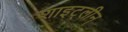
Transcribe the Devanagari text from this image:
शाइट्लीन्